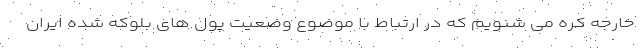
خارجه کره می شنویم که در ارتباط با موضوع وضعیت پول های بلوکه شده ایران